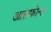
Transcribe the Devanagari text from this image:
आलफोन्ल